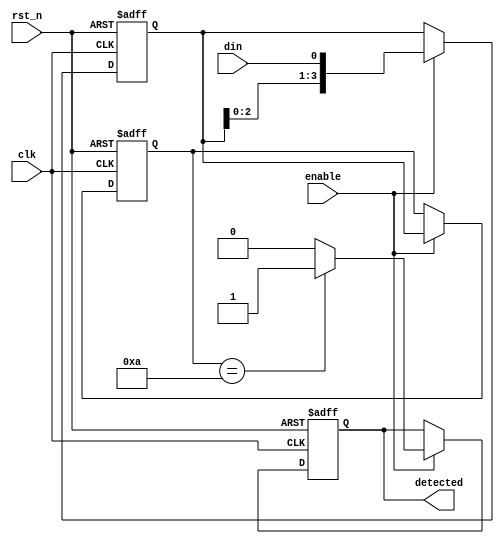
module pattern_detector (
    input wire clk,                 // Clock signal
    input wire rst_n,               // Asynchronous reset (active low)
    input wire enable,              // Enable signal for detection
    input wire din,                 // Input signal to be monitored
    output reg detected             // Output signal for pattern detection
);

    // Parameters for the pattern to detect
    parameter PATTERN_LENGTH = 4;  // Length of the pattern
    parameter TARGET_PATTERN = 4'b1010; // Example pattern to detect

    // State registers
    reg [PATTERN_LENGTH-1:0] state; // Current state
    reg [PATTERN_LENGTH-1:0] memory; // Memory to store previous inputs

    // Sequential logic: Flip-flops to update state and memory
    always @(posedge clk or negedge rst_n) begin
        if (!rst_n) begin
            state <= 0;
            memory <= 0;
            detected <= 0;
        end else if (enable) begin
            // Shift the memory and update with the current input
            memory <= {memory[PATTERN_LENGTH-2:0], din};
            state <= memory; // Update state with the current memory

            // Detection logic
            if (state == TARGET_PATTERN) begin
                detected <= 1; // Pattern detected
            end else begin
                detected <= 0; // No pattern detected
            end
        end
    end

endmodule